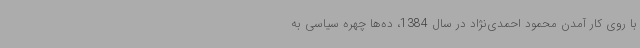
با روی‌ کار آمدن محمود احمدی‌نژاد در سال 1384، ده‌ها چهره‌ سیاسی به